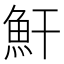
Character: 𩵟